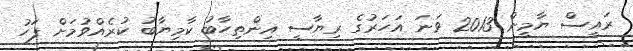
ރައީސް ޔާމީން 2013 ވަނަ އަހަރުގެ ރިޔާސީ އިންތިހާބު ކާމިޔާބު ކުރެއްވުމަށް ފަހު